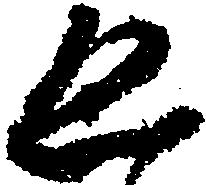
ゑ